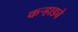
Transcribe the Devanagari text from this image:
कऱ्हाडचे